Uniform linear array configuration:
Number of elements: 48
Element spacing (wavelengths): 0.75
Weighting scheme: hann
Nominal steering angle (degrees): -45
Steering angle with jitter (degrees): -43.937
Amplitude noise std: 0.05
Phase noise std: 0.05

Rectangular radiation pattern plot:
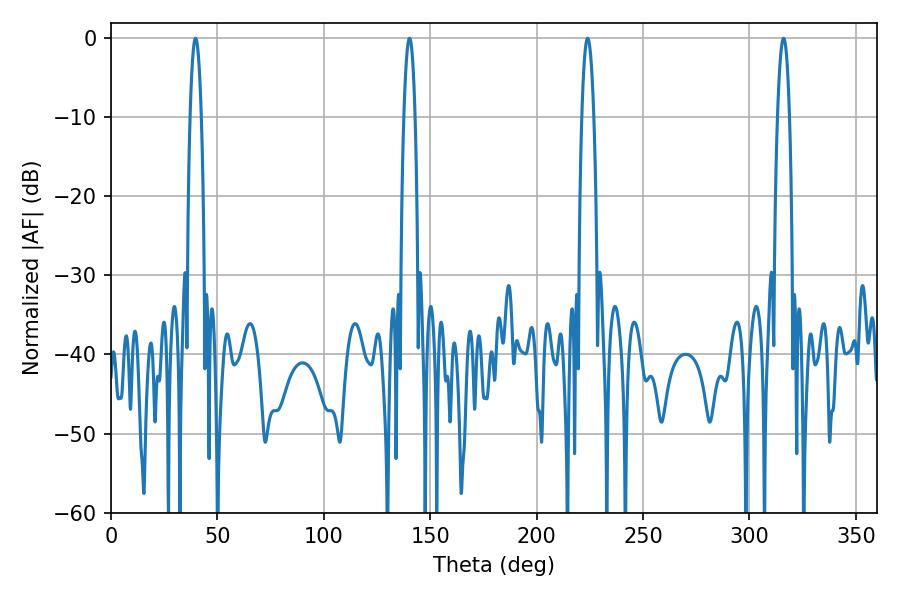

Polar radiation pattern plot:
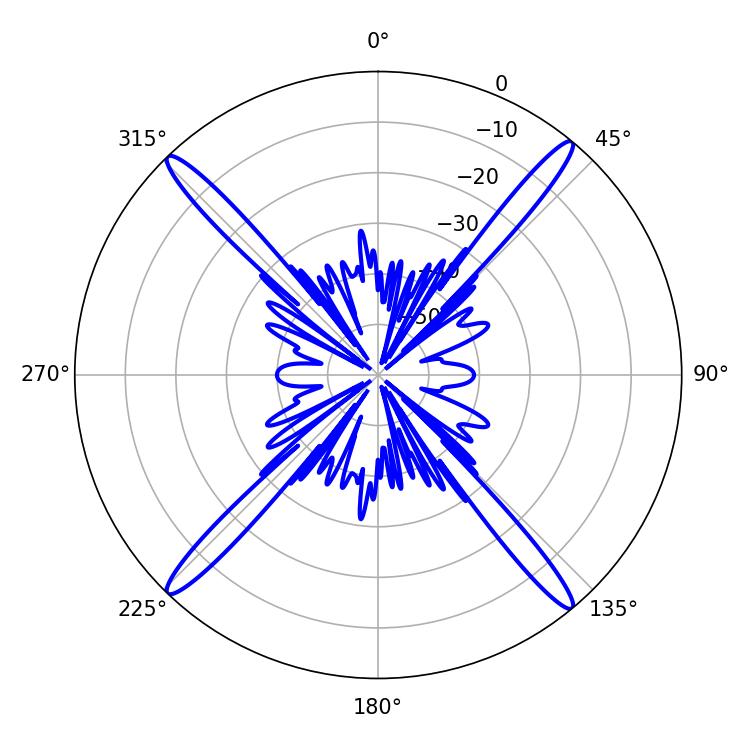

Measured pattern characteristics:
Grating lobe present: TRUE
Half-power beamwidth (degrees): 3.06
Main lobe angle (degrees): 223.92